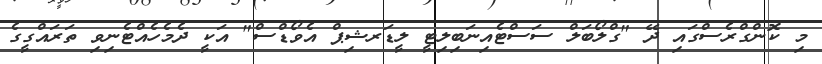
މި ކޮންގްރެސްގައި ދޭ "ގްލޯބަލް ސަސްޓެއިނަބިލިޓީ ލީޑަރޝިޕް އެވޯޑްސް" އަކީ ދެމެހެއްޓެނިވި ތަރައްގީގެ